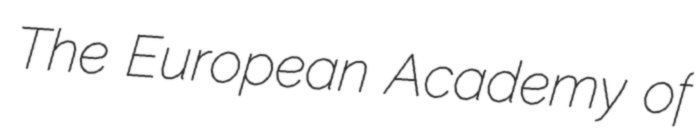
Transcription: The European Academy of